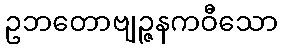
ဥဘတောဗျဉ္ဇနကဝီသော